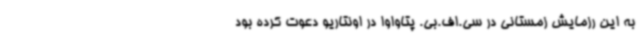
به این رزمایش زمستانی در سی.اف.بی. پتاواوا در اونتاریو دعوت کرده بود